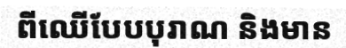
ពីឈើបែបបុរាណ និងមាន